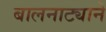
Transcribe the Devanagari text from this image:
बालनाट्याने